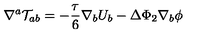
\nabla ^ { a } { \cal T } _ { a b } = - \frac { \tau } { 6 } \nabla _ { b } U _ { b } - \Delta \Phi _ { 2 } \nabla _ { b } \phi